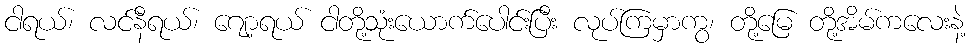
ငါရယ်၊ လင်နီရယ်၊ ဂျော့ရယ် ငါတို့သုံးယောက်ပေါင်းပြီး လုပ်ကြမှာကွ၊ တို့မြေ တို့အိမ်ကလေးနဲ့